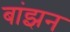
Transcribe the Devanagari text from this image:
बांझन